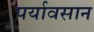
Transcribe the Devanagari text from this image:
पर्यावसान